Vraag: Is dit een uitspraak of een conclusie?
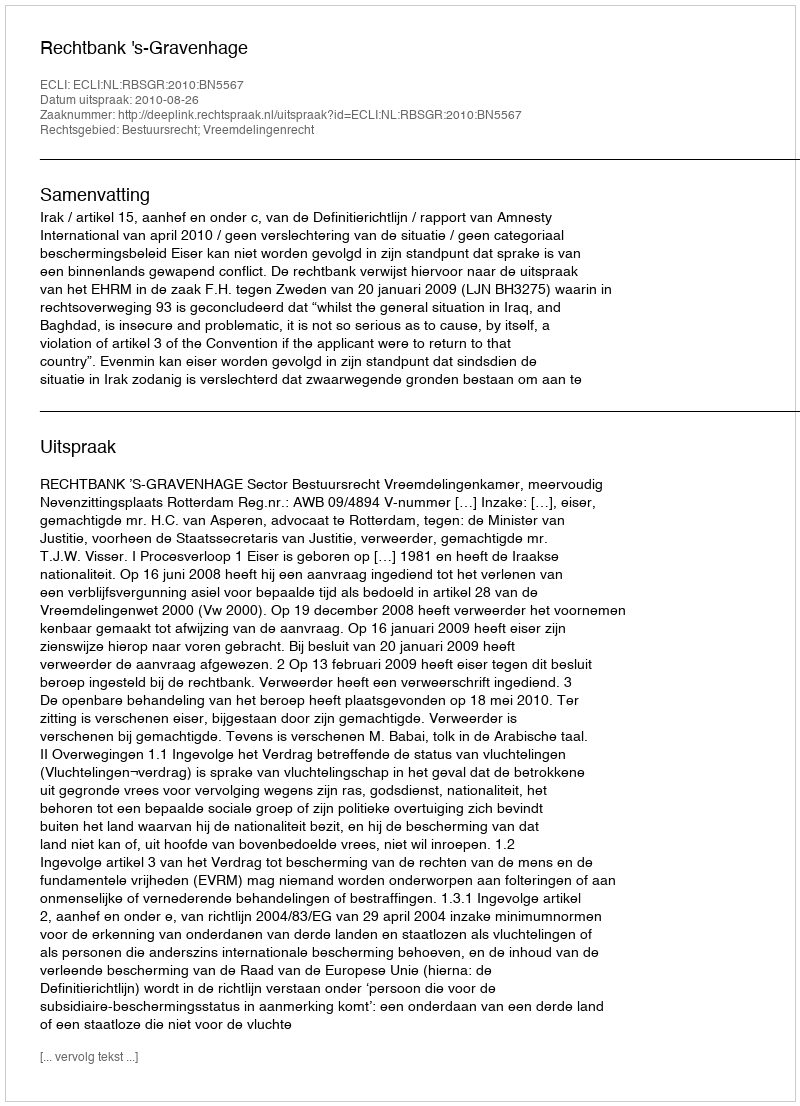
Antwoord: Uitspraak